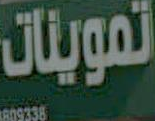
تموينات